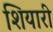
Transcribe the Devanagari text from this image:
शियारी